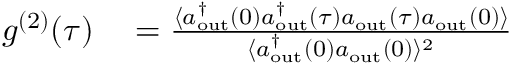
\begin{array} { r l } { g ^ { ( 2 ) } ( \tau ) } & { { } = \frac { \langle a _ { \mathrm { { o u t } } } ^ { \dag } ( 0 ) a _ { \mathrm { { o u t } } } ^ { \dag } ( \tau ) a _ { \mathrm { { o u t } } } ( \tau ) a _ { \mathrm { { o u t } } } ( 0 ) \rangle } { \langle a _ { \mathrm { { o u t } } } ^ { \dag } ( 0 ) a _ { \mathrm { { o u t } } } ( 0 ) \rangle ^ { 2 } } } \end{array}